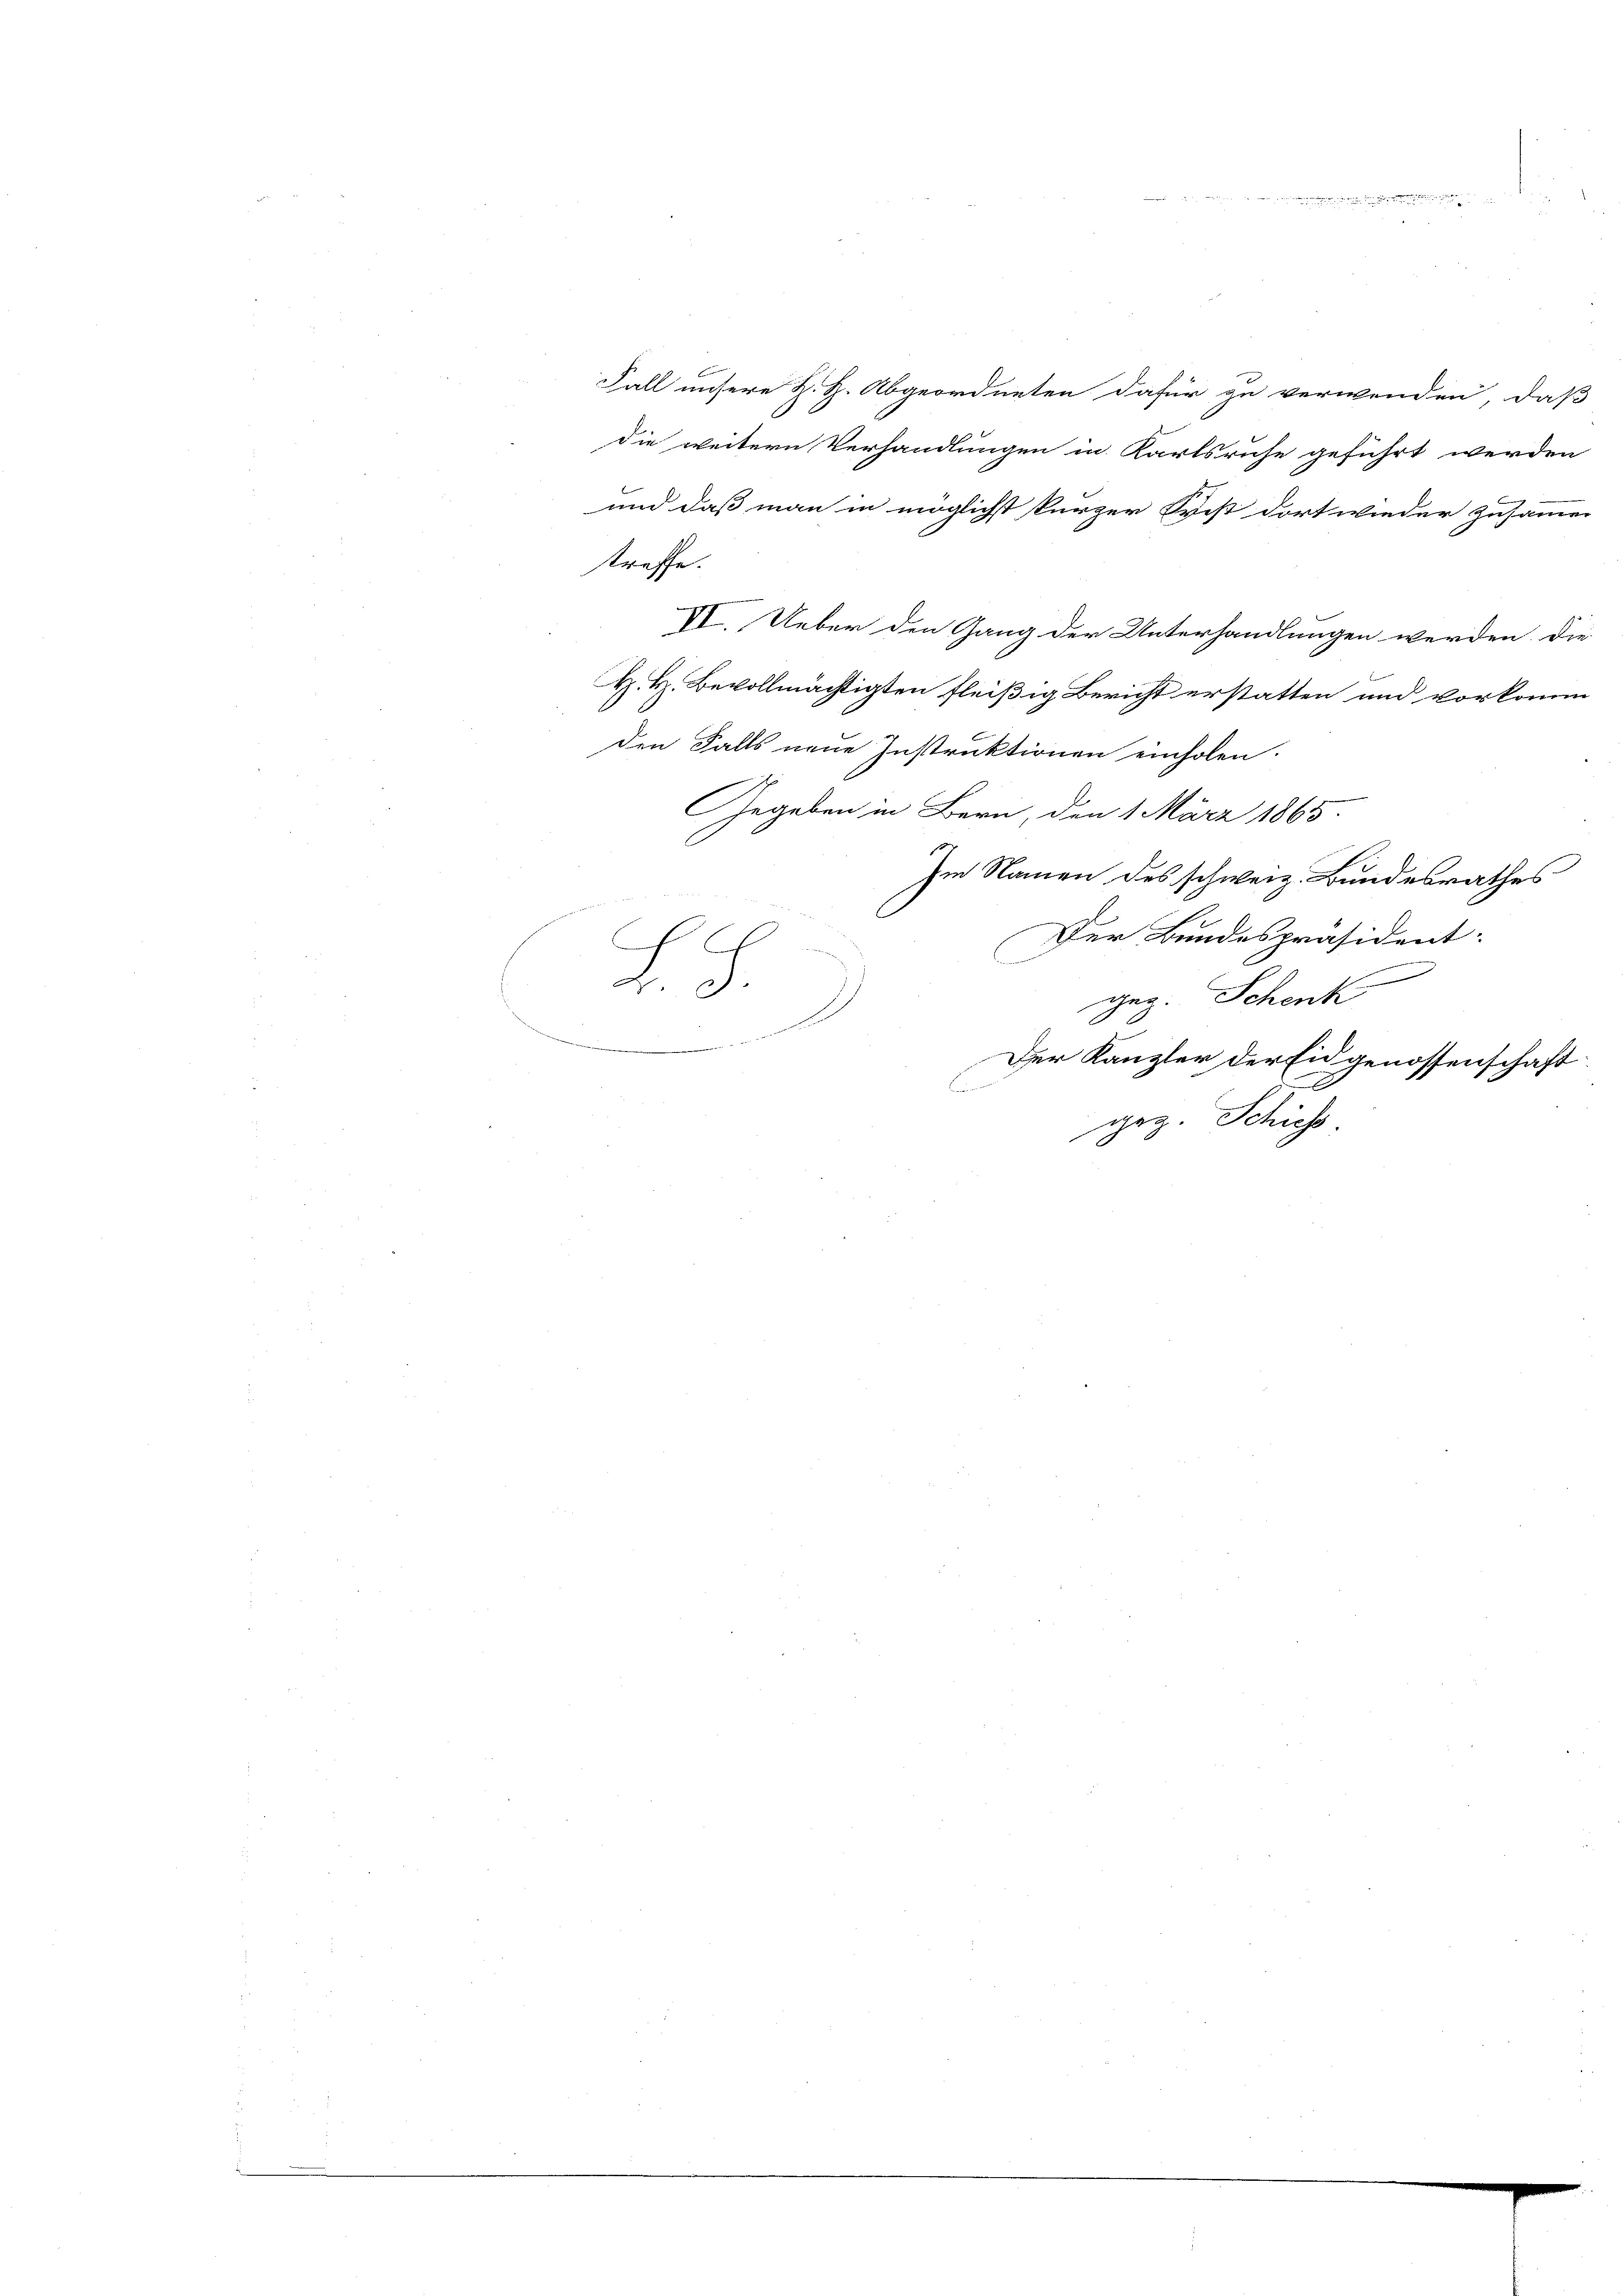
Fall unsere H. H. Abgeordneten dafür zu verwenden, daß
die weitern Verhandlungen in Karlsruhe geführt werden
und daß man in möglichst kurzer Frist dort wieder zusammer
treffe.
VI. Ueber den Gang der Unterhandlungen werden. Die
H. H. Bevollmächtigten fleißig Bericht erstatten und vorkomm
den Falls neue Instruktionen einholen.
Gegeben in Bern, den 1 März 1865.
A
Im Namen des schweiz. Bundesrathes
Der Bundespräsident:
F. J.
geg. Schenk
wende in eine
Der Kanzler der Eidgenossenschaft
geg. Schu

. . 19